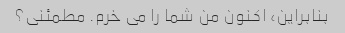
بنابراین، اکنون من شما را می خرم. مطمئنی؟